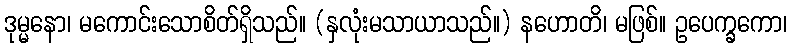
ဒုမ္မနော၊ မကောင်းသောစိတ်ရှိသည်။ (နှလုံးမသာယာသည်။) နဟောတိ၊ မဖြစ်။ ဥပေက္ခကော၊